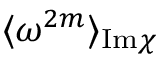
\langle \omega ^ { 2 m } \rangle _ { \mathrm { I m } \chi }